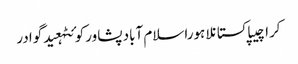
کراچیپاکستانلاہوراسلام آبادپشاورکوئٹہعیدگوادر